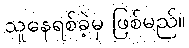
သူနေရစ်ခဲ့မှ ဖြစ်မည်။